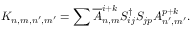
K _ { n , m , n ^ { \prime } , m ^ { \prime } } = \sum \overline { { { A } } } _ { n , m } ^ { i + k } S _ { i j } ^ { \dagger } S _ { j p } A _ { n ^ { \prime } , m ^ { \prime } } ^ { p + k } .